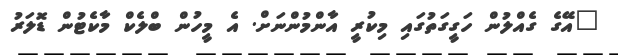
"އޭގެ ގެއްލުން ހަގީގަތުގައި މިކުރީ އާންމުންނަށް. އެ މީހުން ބްލެކް މާކެޓުން ޑޮލަރު